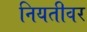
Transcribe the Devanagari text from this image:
नियतीवर